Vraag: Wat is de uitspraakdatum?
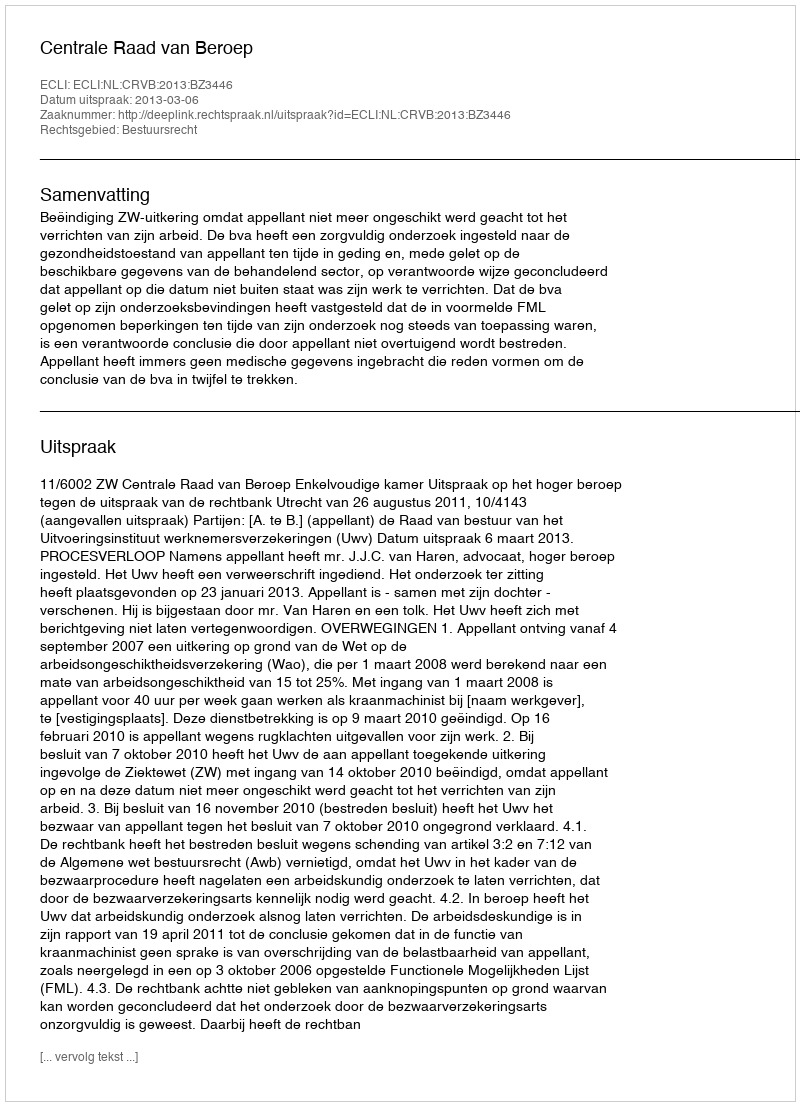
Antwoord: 2013-03-06